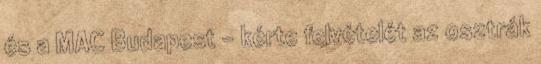
és a MAC Budapest – kérte felvételét az osztrák